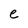
Character: e